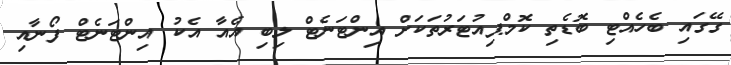
ގޭގައި ބެހެއްޓި ބޮޑެތި ކޮމްޕިއުޓަރުތަކަށް އިންޓަނެޓް ލިބި އެއާ އެކު އިންޓަނެޓް ފޯނާއި